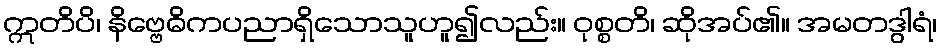
ဣတိပိ၊ နိဗ္ဗေဓိကပညာရှိသောသူဟူ၍လည်း။ ဝုစ္စတိ၊ ဆိုအပ်၏။ အမတဒွါရံ၊